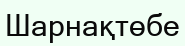
Шарнақтөбе